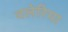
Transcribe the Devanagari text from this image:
वलेरिया